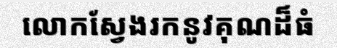
លោកស្វែងរកនូវគុណដ៏ធំ